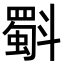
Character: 斣